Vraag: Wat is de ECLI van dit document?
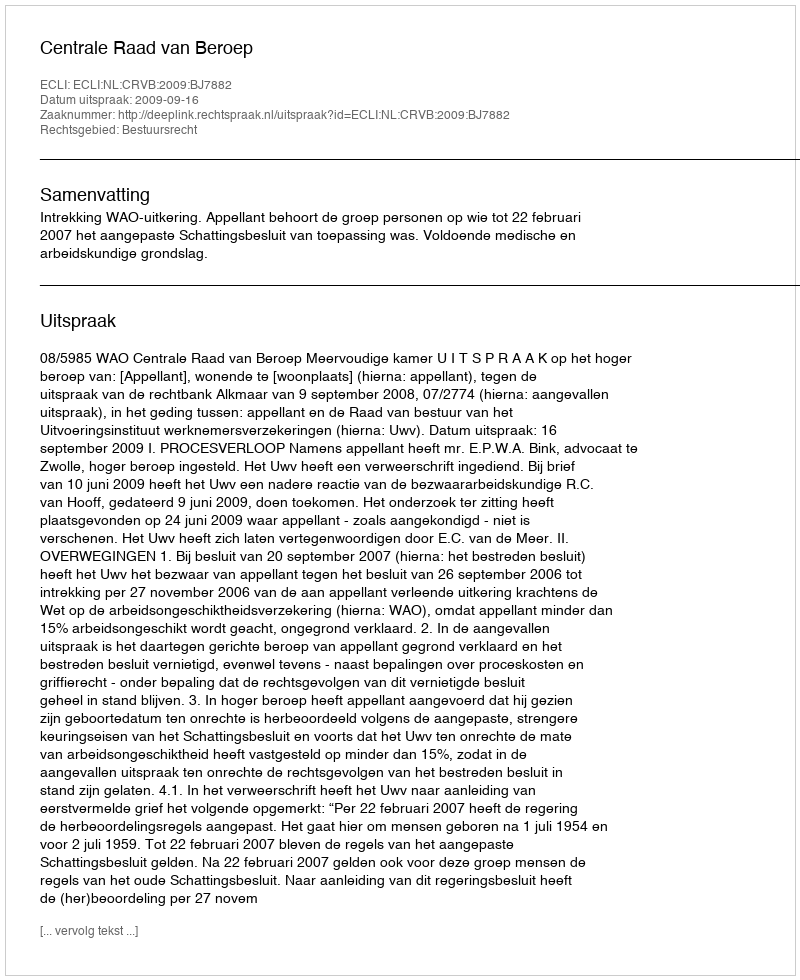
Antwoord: ECLI:NL:CRVB:2009:BJ7882